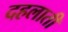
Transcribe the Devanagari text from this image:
दहलाती